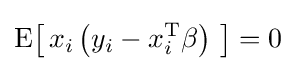
\mathrm {E} {\big [}\,x_{i}\left(y_{i}-x_{i}^{\operatorname {T} }\beta \right)\,{\big ]}=0